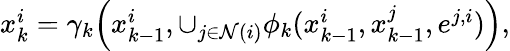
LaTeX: \begin{array}{r}{x_{k}^{i}=\gamma_{k}\Big(x_{k-1}^{i},\cup_{j\in\mathcal{N}(i)}\phi_{k}(x_{k-1}^{i},x_{k-1}^{j},e^{j,i})\Big),}\end{array}